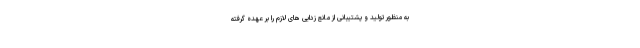
به منظور تولید و پشتیبانی از مانع زدایی های لازم را بر عهده گرفته